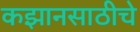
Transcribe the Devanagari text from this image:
कझानसाठीचे